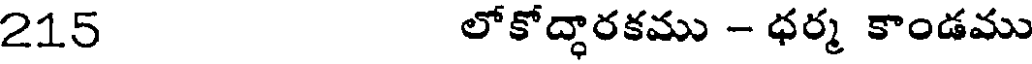
215 లోకోద్ధారకము - ధర్మ కాండము